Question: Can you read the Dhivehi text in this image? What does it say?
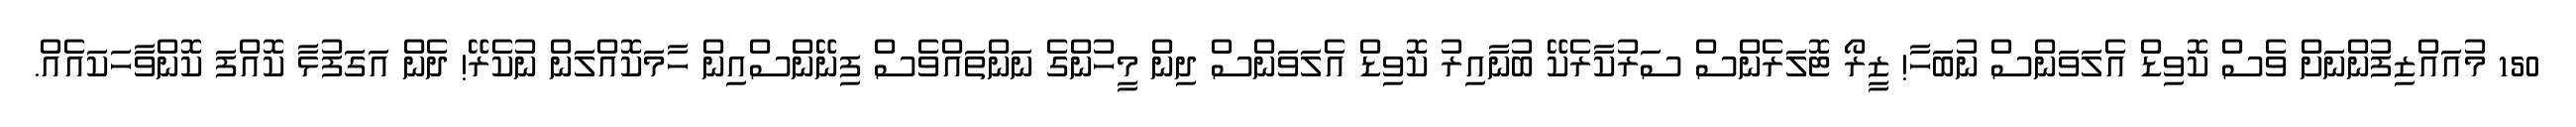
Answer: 150 މުއައްޒިފުންނަށް ވެސް ކޮވިޑް އެލަވަންސް ނުބަހާ! ޒީރޯ ޓޮލަރެންސް ސަރުކާރެކޭ ބުނާއިރު ކޮވިޑް އެލަވަންސް ދިން މީހުންގެ ނަންތައްވެސް ފިނޭންސްއިން ހާމަކޮއްލަން ނުކެރޭ! ދެން އަގަފުޅާ ކޮއްފަ ކޮންވާހަކައެއް.